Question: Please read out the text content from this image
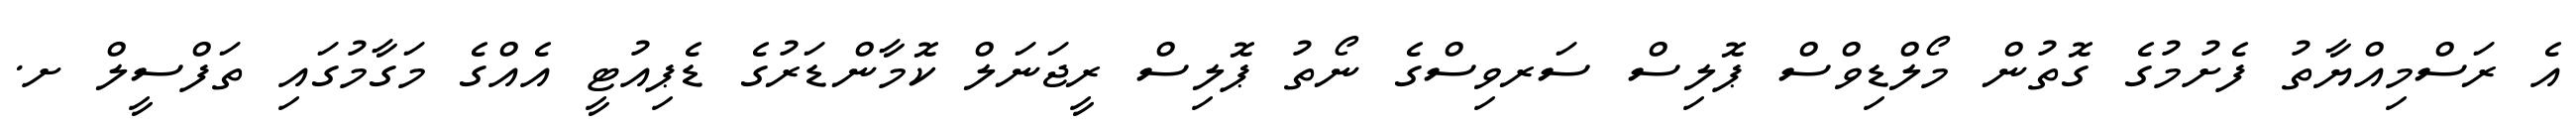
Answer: އެ ރަސްމިއްޔާތު ފެށުމުގެ ގޮތުން މޯލްޑިވްސް ޕޮލިސް ސަރވިސްގެ ނޯތު ޕޮލިސް ރީޖަނަލް ކޮމާންޑަރުގެ ޑެޕިއުޓީ އެއްގެ މަގާމުގައި ތަފްސީލް ށ.